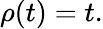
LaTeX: \rho(t)=t.